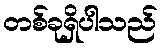
တစ်ခုရှိပါသည်